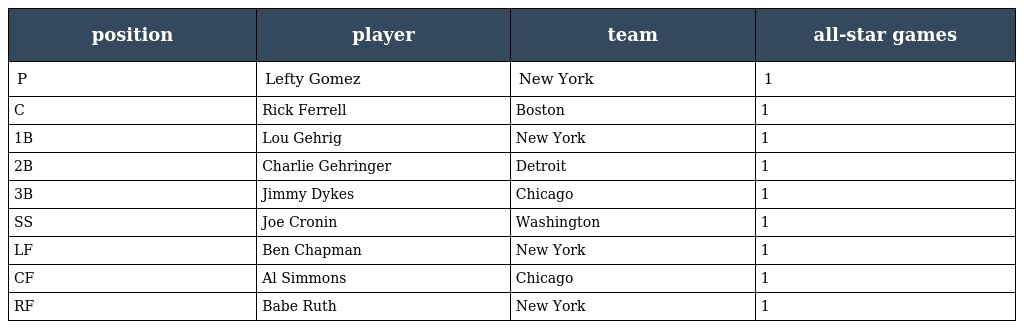
| position | player | team | all-star games |
 | --- | --- | --- | --- |
 | P | Lefty Gomez | New York | 1 |
 | C | Rick Ferrell | Boston | 1 |
 | 1B | Lou Gehrig | New York | 1 |
 | 2B | Charlie Gehringer | Detroit | 1 |
 | 3B | Jimmy Dykes | Chicago | 1 |
 | SS | Joe Cronin | Washington | 1 |
 | LF | Ben Chapman | New York | 1 |
 | CF | Al Simmons | Chicago | 1 |
 | RF | Babe Ruth | New York | 1 |